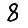
Digit: 8